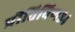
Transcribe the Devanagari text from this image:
प्रीतिविण३४